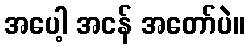
အပေါ့ အငန် အတော်ပဲ။